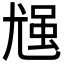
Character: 𪨈